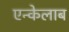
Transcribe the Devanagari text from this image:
एन्केलाब